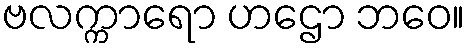
ဗလက္ကာရော ဟဌော ဘဝေ။